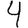
Digit: 4